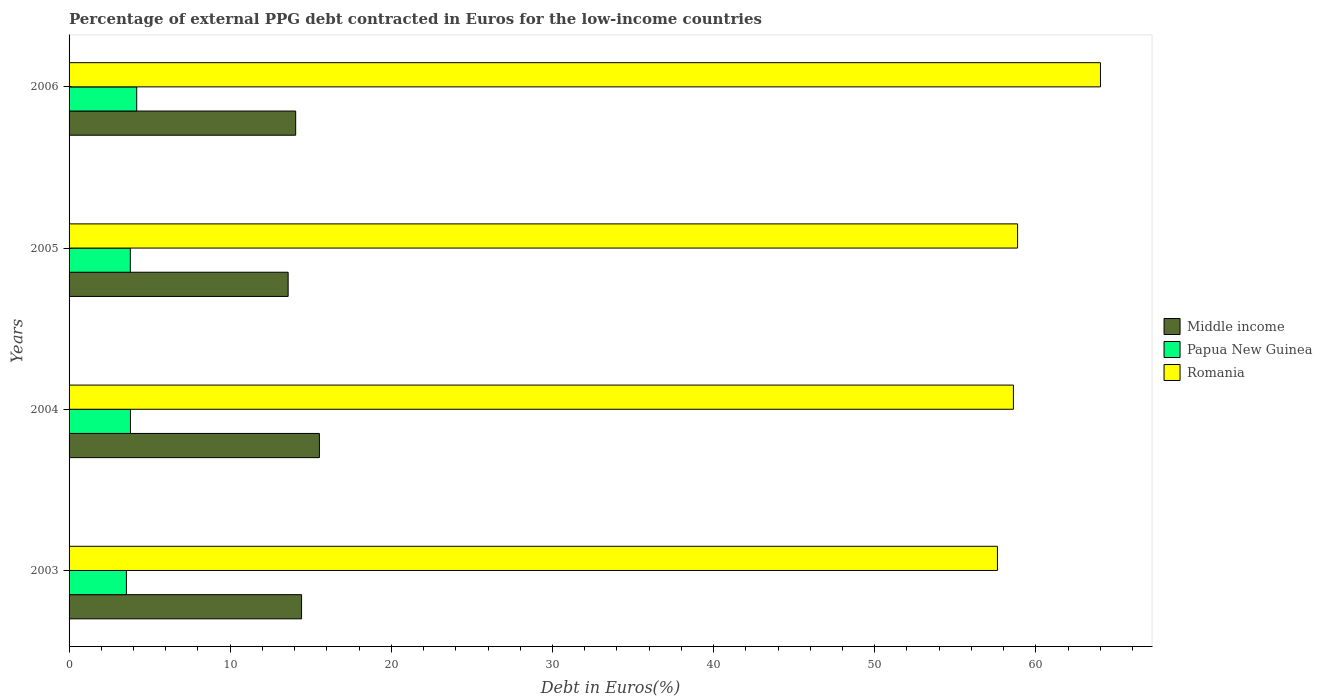
| Years | Middle income | Papua New Guinea | Romania |
 | --- | --- | --- | --- |
 | 2003 | 14.4 | 3.56 | 57.6 |
 | 2004 | 15.5 | 3.81 | 58.6 |
 | 2005 | 13.6 | 3.8 | 58.9 |
 | 2006 | 14.1 | 4.2 | 64 |